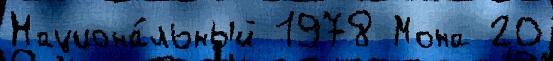
Национа́льный 1978 Мона 20